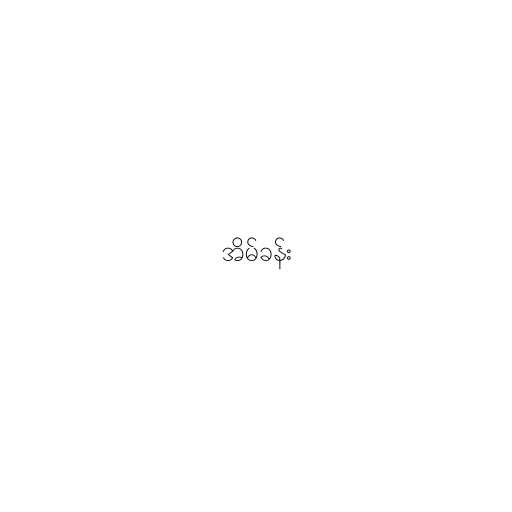
အိမ်ခန်း